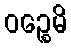
ဝဉ္စေမိ